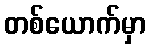
တစ်ယောက်မှာ